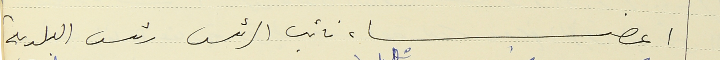
اعضاء نائب الرئس رئيس البلدية